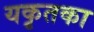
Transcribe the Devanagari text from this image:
यकृतका